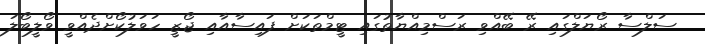
ސަލްސާ ރޯޔަލްގައި ރޭ ބޭއްވި ރަސްމިއްޔާތުގައި ޓީމްތަކަށް ފައިސާއާއި ޖޯޒީ ހަވަލުކޯށްދެއްވީ ވޯލީބޯލަ